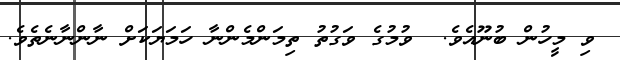
ވި މީހުން ބުނޫއެވެ.  ވުމުގެ ވަގުތު ތިމަންމެންނާ ހަމަޔަކަށް ނާންނާނެތެވެ.